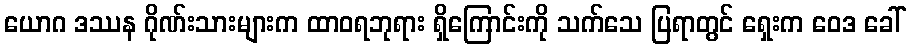
ယောဂ ဒဿန ဂိုဏ်းသားများက ထာဝရဘုရား ရှိကြောင်းကို သက်သေ ပြရာတွင် ရှေးက ဝေဒ ခေါ်